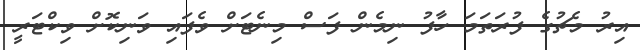
އިރު މެޗުގެ ފުރަތަމަ ހާފު ނިމެން ފަސް މިނެޓަށް ވެފައި ވަނިކޮށް ވިކްޓަރީ